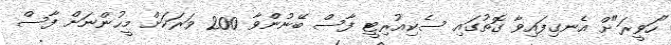
"ހަވީރަ"ށް އެނގިފައިވާ ގޮތުގައި ސެކިއުރިޓީ ފާސް ބޭނުންވާ 200 ވަރަކަށް މީހުންނަށް ފާސް